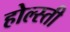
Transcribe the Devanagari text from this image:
होल्स्ती